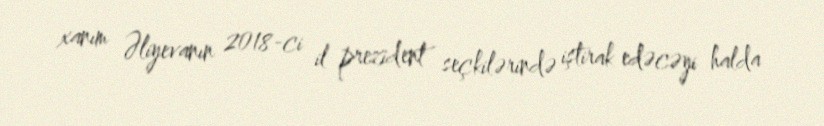
xanım Əliyevanın 2018-ci il prezident seçkilərində iştirak edəcəyi halda